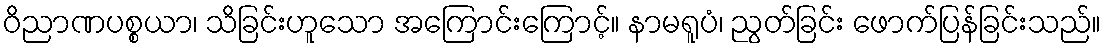
ဝိညာဏပစ္စယာ၊ သိခြင်းဟူသော အကြောင်းကြောင့်။ နာမရူပံ၊ ညွတ်ခြင်း ဖောက်ပြန်ခြင်းသည်။